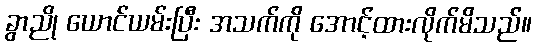
ခွာညို ယောင်ယမ်းပြီး အသက်ကို အောင့်ထားလိုက်မိသည်။